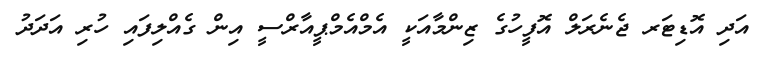
އަދި އޮޑިޓަރ ޖެނެރަލް އޮފީހުގެ ޒިންމާއަކީ އެމްއެމްޕީއާރްސީ އިން ގެއްލިފައި ހުރި އަދަދު